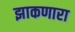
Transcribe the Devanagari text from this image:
झाकणारा